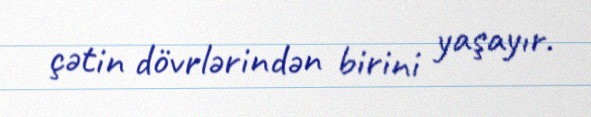
çətin dövrlərindən birini yaşayır.